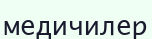
медичилер